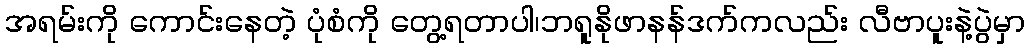
အရမ်းကို ကောင်းနေတဲ့ ပုံစံကို တွေ့ရတာပါ၊ဘရူနိုဖာနန်ဒက်ကလည်း လီဗာပူးနဲ့ပွဲမှာ